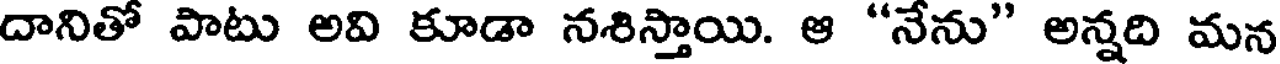
దానితో పాటు అవి కూడా నశిస్తాయి. ఆ "నేను" అన్నది మన